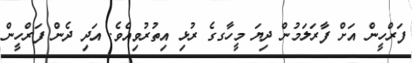
ފަރްހީން އަށް ފާރަލަމުން ދިޔަ މީހާގގެ ރުޅި އިތުރުވިއެވެ. އަދި ދެން ފަރްހީން